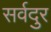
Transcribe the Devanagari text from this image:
सर्वदुर